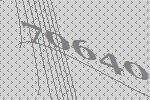
70640